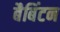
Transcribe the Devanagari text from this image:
बैबिंटन